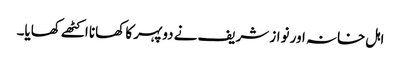
اہل خانہ اور نواز شریف نے دوپہر کا کھانا اکٹھے کھایا۔